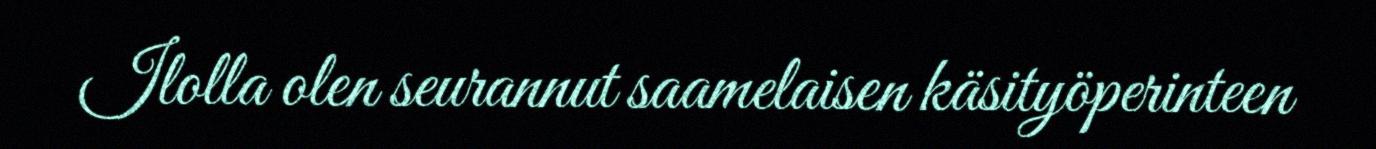
Ilolla olen seurannut saamelaisen käsityöperinteen